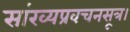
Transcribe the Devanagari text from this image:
सांख्यप्रवचनसूत्र।